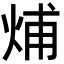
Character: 烳